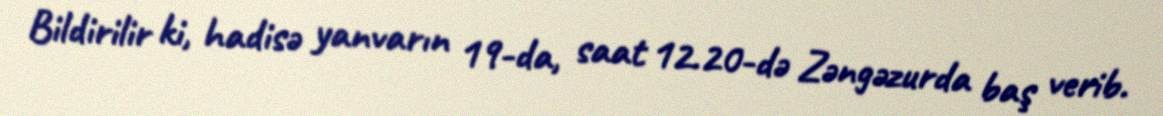
Bildirilir ki, hadisə yanvarın 19-da, saat 12.20-də Zəngəzurda baş verib.